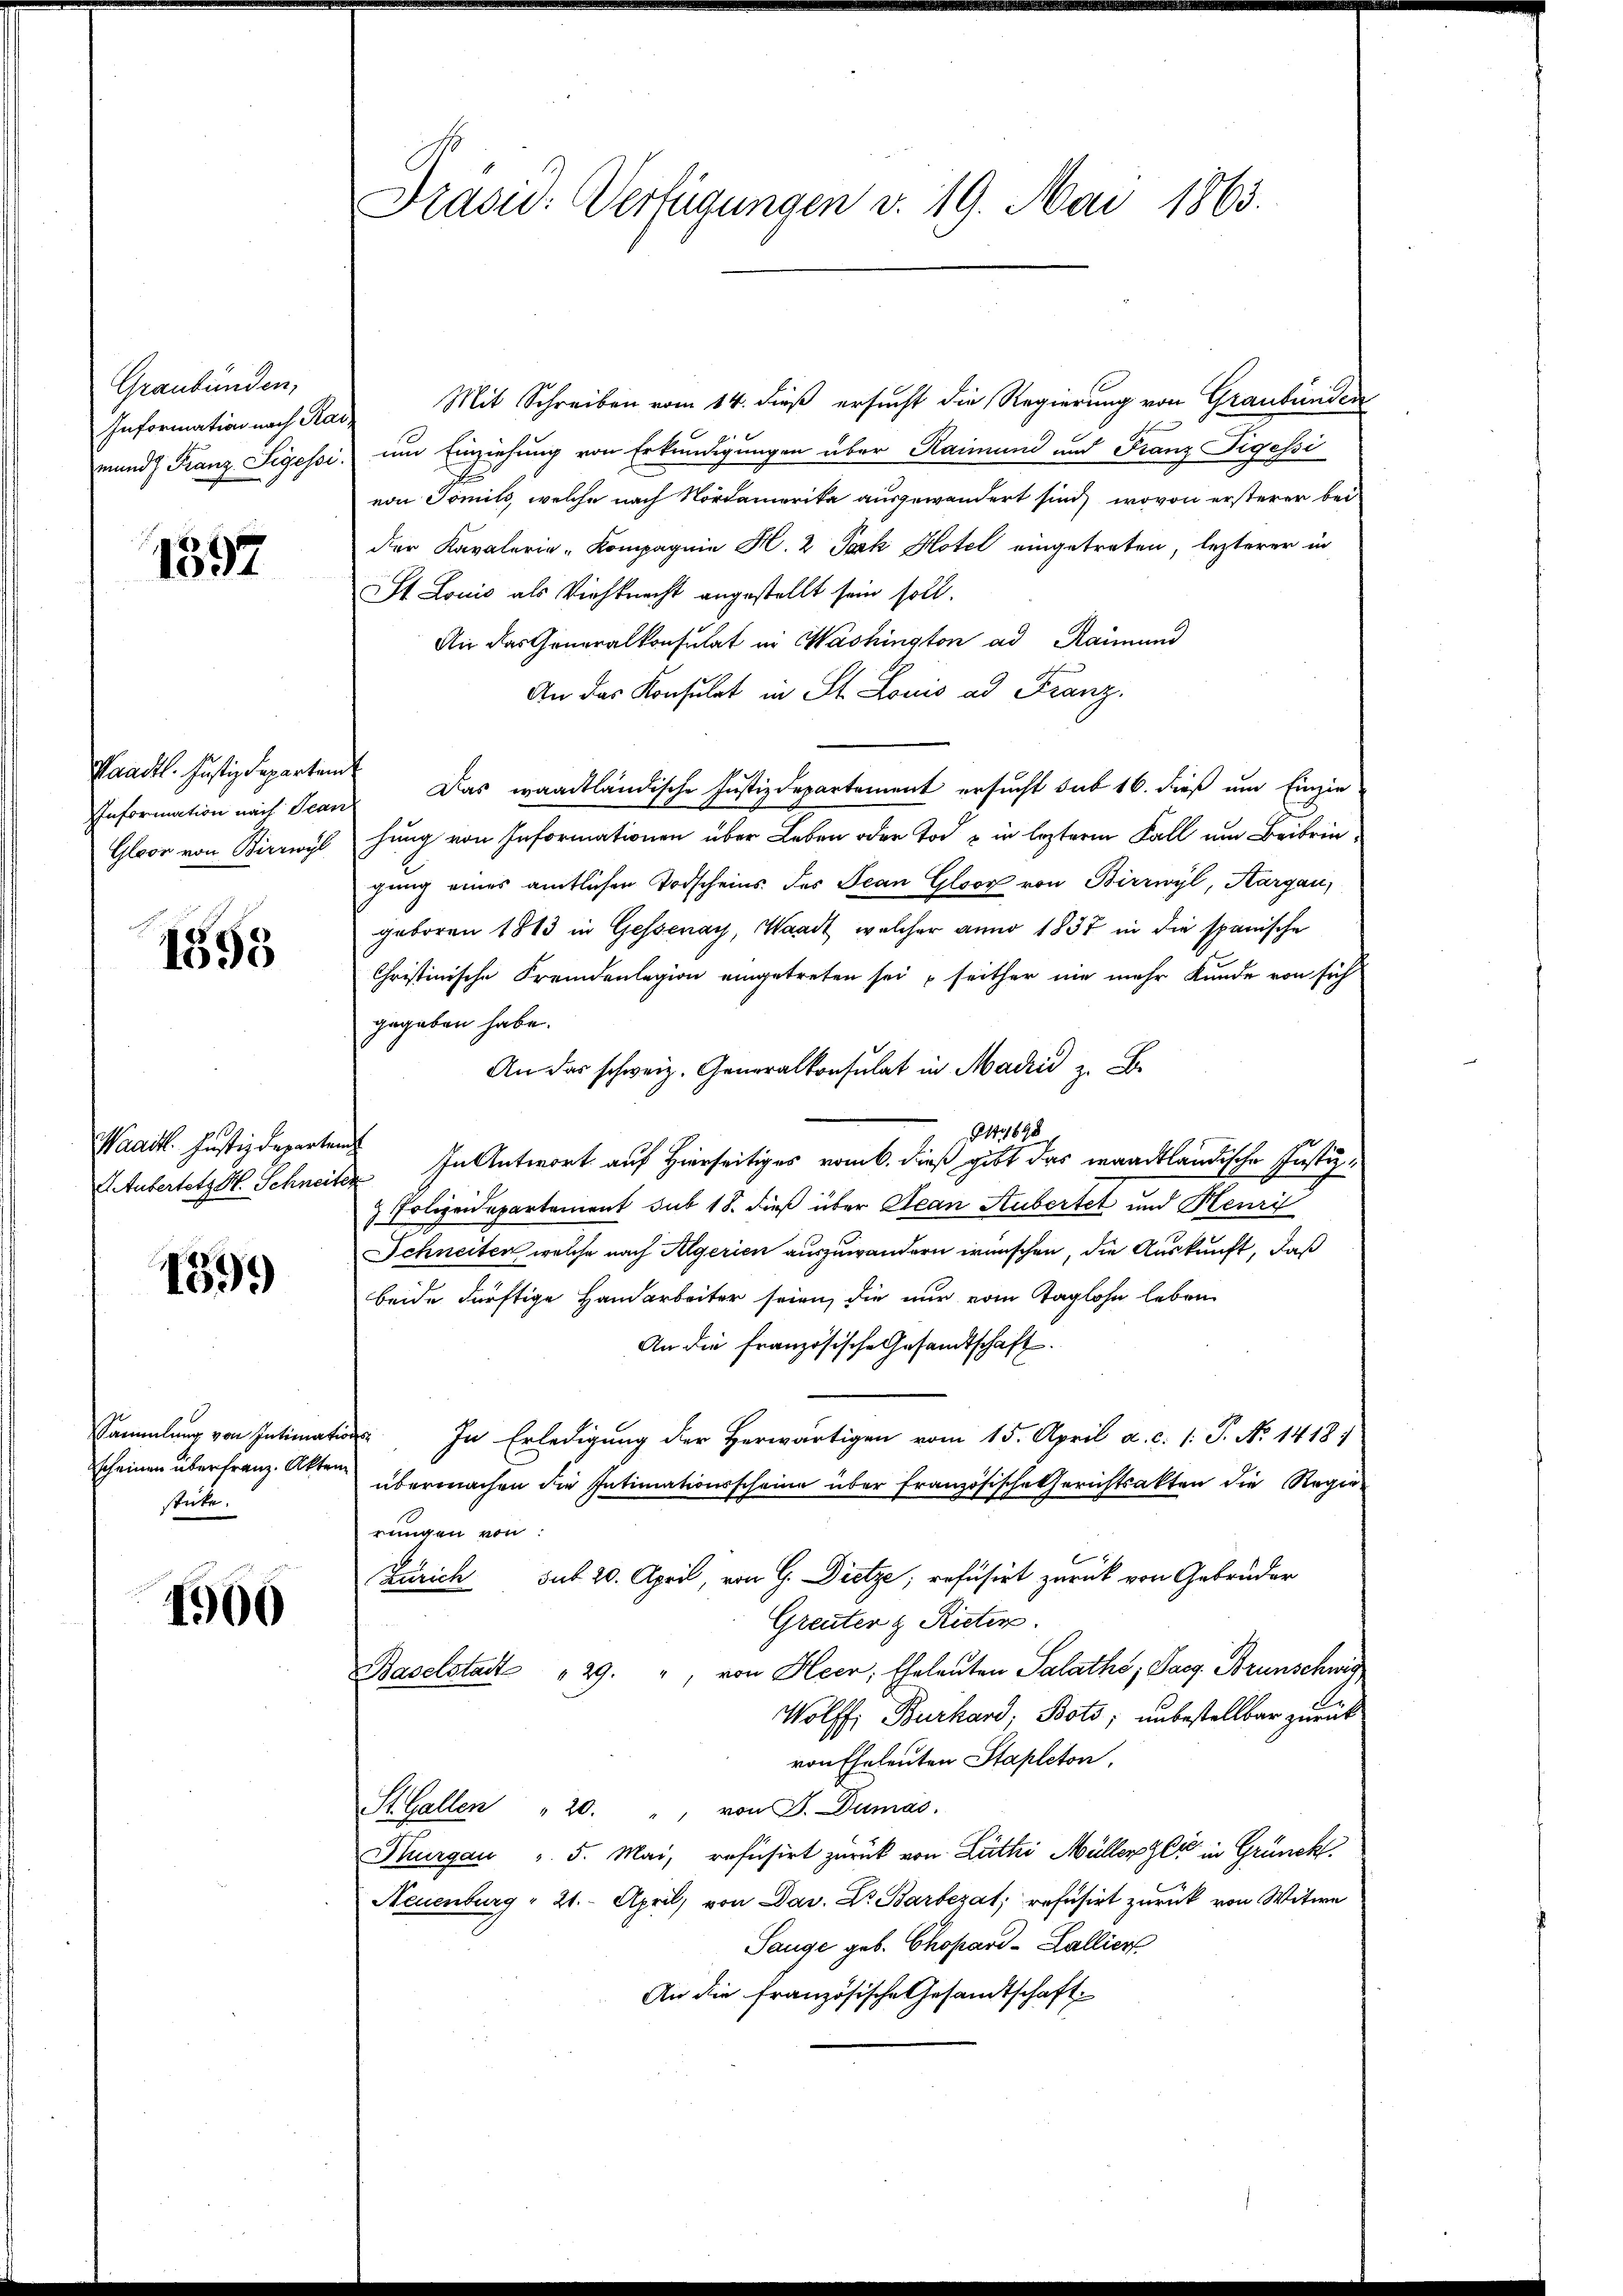
Graubünden,
Information nach Ra
mund Franz Segessi.

1597

Waadt. Justizdepartem
IInformation nach Scar
Glace von Birrwyl

1595

Waadt. Justizdeparten
A Tubersetz Kt. Schneite

1399

Sammlung von Intimascheinen überfranz. Akten
sticke.

1900

Präsid. Verfügungen v. 19. Mai 1863.

Mit Schreiben vom 14. dieß ersucht die Regierung von Graubünden
um Einziehung von Erkundigungen über Raimund und Franz Tigessi
von Tomils, welche nach Nordamerika ausgewandert sind, wovon ersterer bei
der Kavalerie-Kompagnie H. 2 Pack Hotel eingetreten, lezterer in
St. Louis als Viehknecht angestellt sein soll.
Ai das Generalkonsulat in Washington ad Raimund
An das Konsulat in St. Louis ad Franz.
Das waadtländische Justizdepartement ersucht sub 16. dieß um Einzie
hung von Informationen über Leben oder Tod u in lezterm Fall um Beibringung eines amtlichen Todscheins des Scan Gloor von Birrwyl, Aargau,
geboren 1813 in Gessenay, Waadt, welcher anno 1837 in die spanische
Christinische Fremdenlegion eingetreten sei seither nie mehr Kunde von sich
gegeben habe.
An das schweiz. Generalkonsulat in Mai z. B.
8143698
In Antwort auf Hierseitiges vom 6. dieß gibt das waadtländische Justiz¬
 Polizeidepartement sub 18. dieß über Bean Aubertet und Henri
Schneiten, welche nach Algerien auszuwandern wünschen, die Auskunft, daß
beide dürftige Handarbeiter seien, die nur vom Taglohn leben
An die französische Gesandtschaft.
“ In Erledigung der Herwärtigen vom 15. April a. c. (T. No 1418)
übermachen die Intimationsscheine über Französische Gerichtsakten die Regierungen von:
Zürich sub 20. April, von G. Dietze; refüsirt zurück von Gebrüder
Greuter & Rieter.
Baselstadt 29. ", von Heer, Eheleuten Salaths, Sarg. Brunschwis
Wolff Burhard, Bots; unbestellbar zurück
von Eheleuten Stapleton
H Gallen " 20. " von J. Dumas.
Thurgau v. 5. Mai, refusirt zurück von Luthei Müllerger in Grünck
Neuenburg " 21. April, von Dav. Dr. Barbezat refüsirt zurück von Witwe
Sange geb. Chopard-Zallier
An die französische Gesandtschaft.